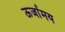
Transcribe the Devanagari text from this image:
ऊर्जामय